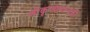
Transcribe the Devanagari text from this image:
श्रीकृष्णचन्द्रकी